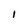
Character: I